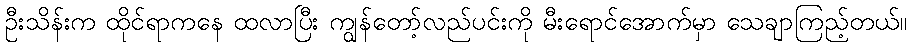
ဦးသိန်းက ထိုင်ရာကနေ ထလာပြီး ကျွန်တော့်လည်ပင်းကို မီးရောင်အောက်မှာ သေချာကြည့်တယ်။